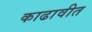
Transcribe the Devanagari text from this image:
काढावीत